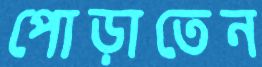
পোড়াতেন